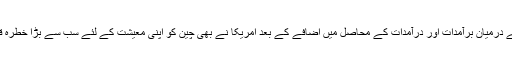
دونوں ممالک کے درمیان برآمدات اور درآمدات کے محاصل میں اضافے کے بعد امریکا نے بھی چین کو اپنی معیشت کے لئے سب سے بڑا خطرہ قرار دے چکاہے۔